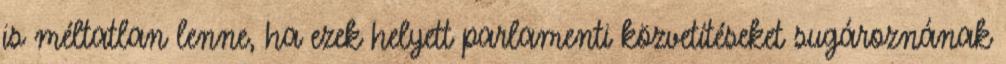
is méltatlan lenne, ha ezek helyett parlamenti közvetítéseket sugároznának